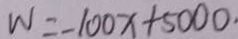
W = - 1 0 0 x + 5 0 0 0 .